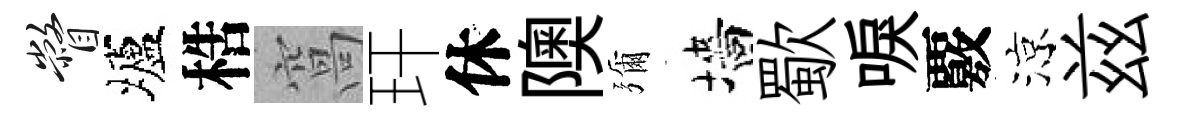
瞥壚梏窩玕休隩彌墻歜唳覈涼兹